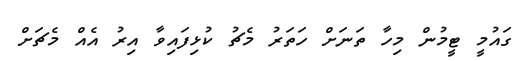
ގައުމީ ޓީމުން މިހާ ތަނަށް ހަތަރު މެޗު ކުޅިފައިވާ އިރު އެއް މެޗަށް